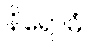
နိရောဓံ